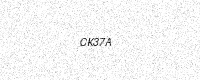
Text: CK37A